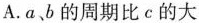
A.a、b的周期比c的大